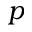
p